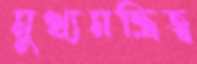
মুখ্যমন্ত্রিত্ব